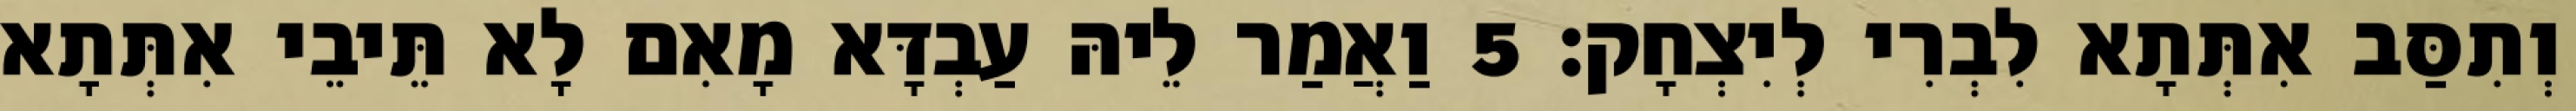
וְתִסַּב אִתְּתָא לִבְרִי לְיִצְחָק׃ 5 וַאֲמַר לֵיהּ עַבְדָּא מָאִם לָא תֵּיבֵי אִתְּתָא